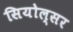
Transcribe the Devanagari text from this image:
सियोल्सर